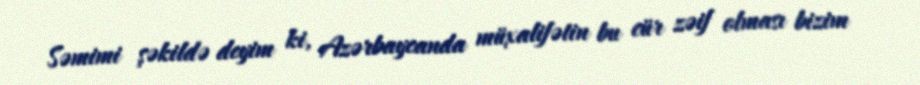
Səmimi şəkildə deyim ki, Azərbaycanda müxalifətin bu cür zəif olması bizim